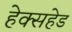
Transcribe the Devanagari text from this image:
हेक्सहेड